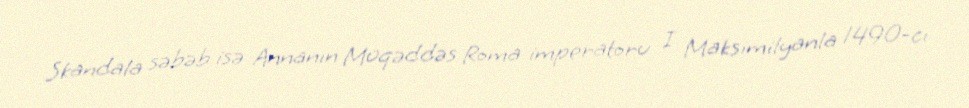
Skandala səbəb isə Annanın Müqəddəs Roma imperatoru I Maksimilyanla 1490-cı